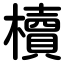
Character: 櫝